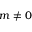
m \neq 0